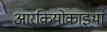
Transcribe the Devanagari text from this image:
आरकियोकाइथा